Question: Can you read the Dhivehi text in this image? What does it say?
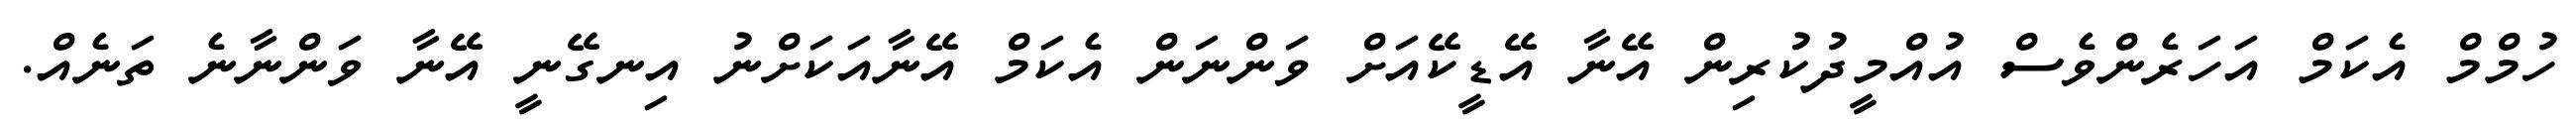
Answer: ހުމްމް އެކަމް އަހަރެންވެސް އުއްމީދުކުރިން އޭނާ އޭޑީކޭއަށް ވަންނަން އެކަމް އޭނާއަކަށްނު އިނގޭނީ އޭނާ ވަންނާނެ ތަނެއް.